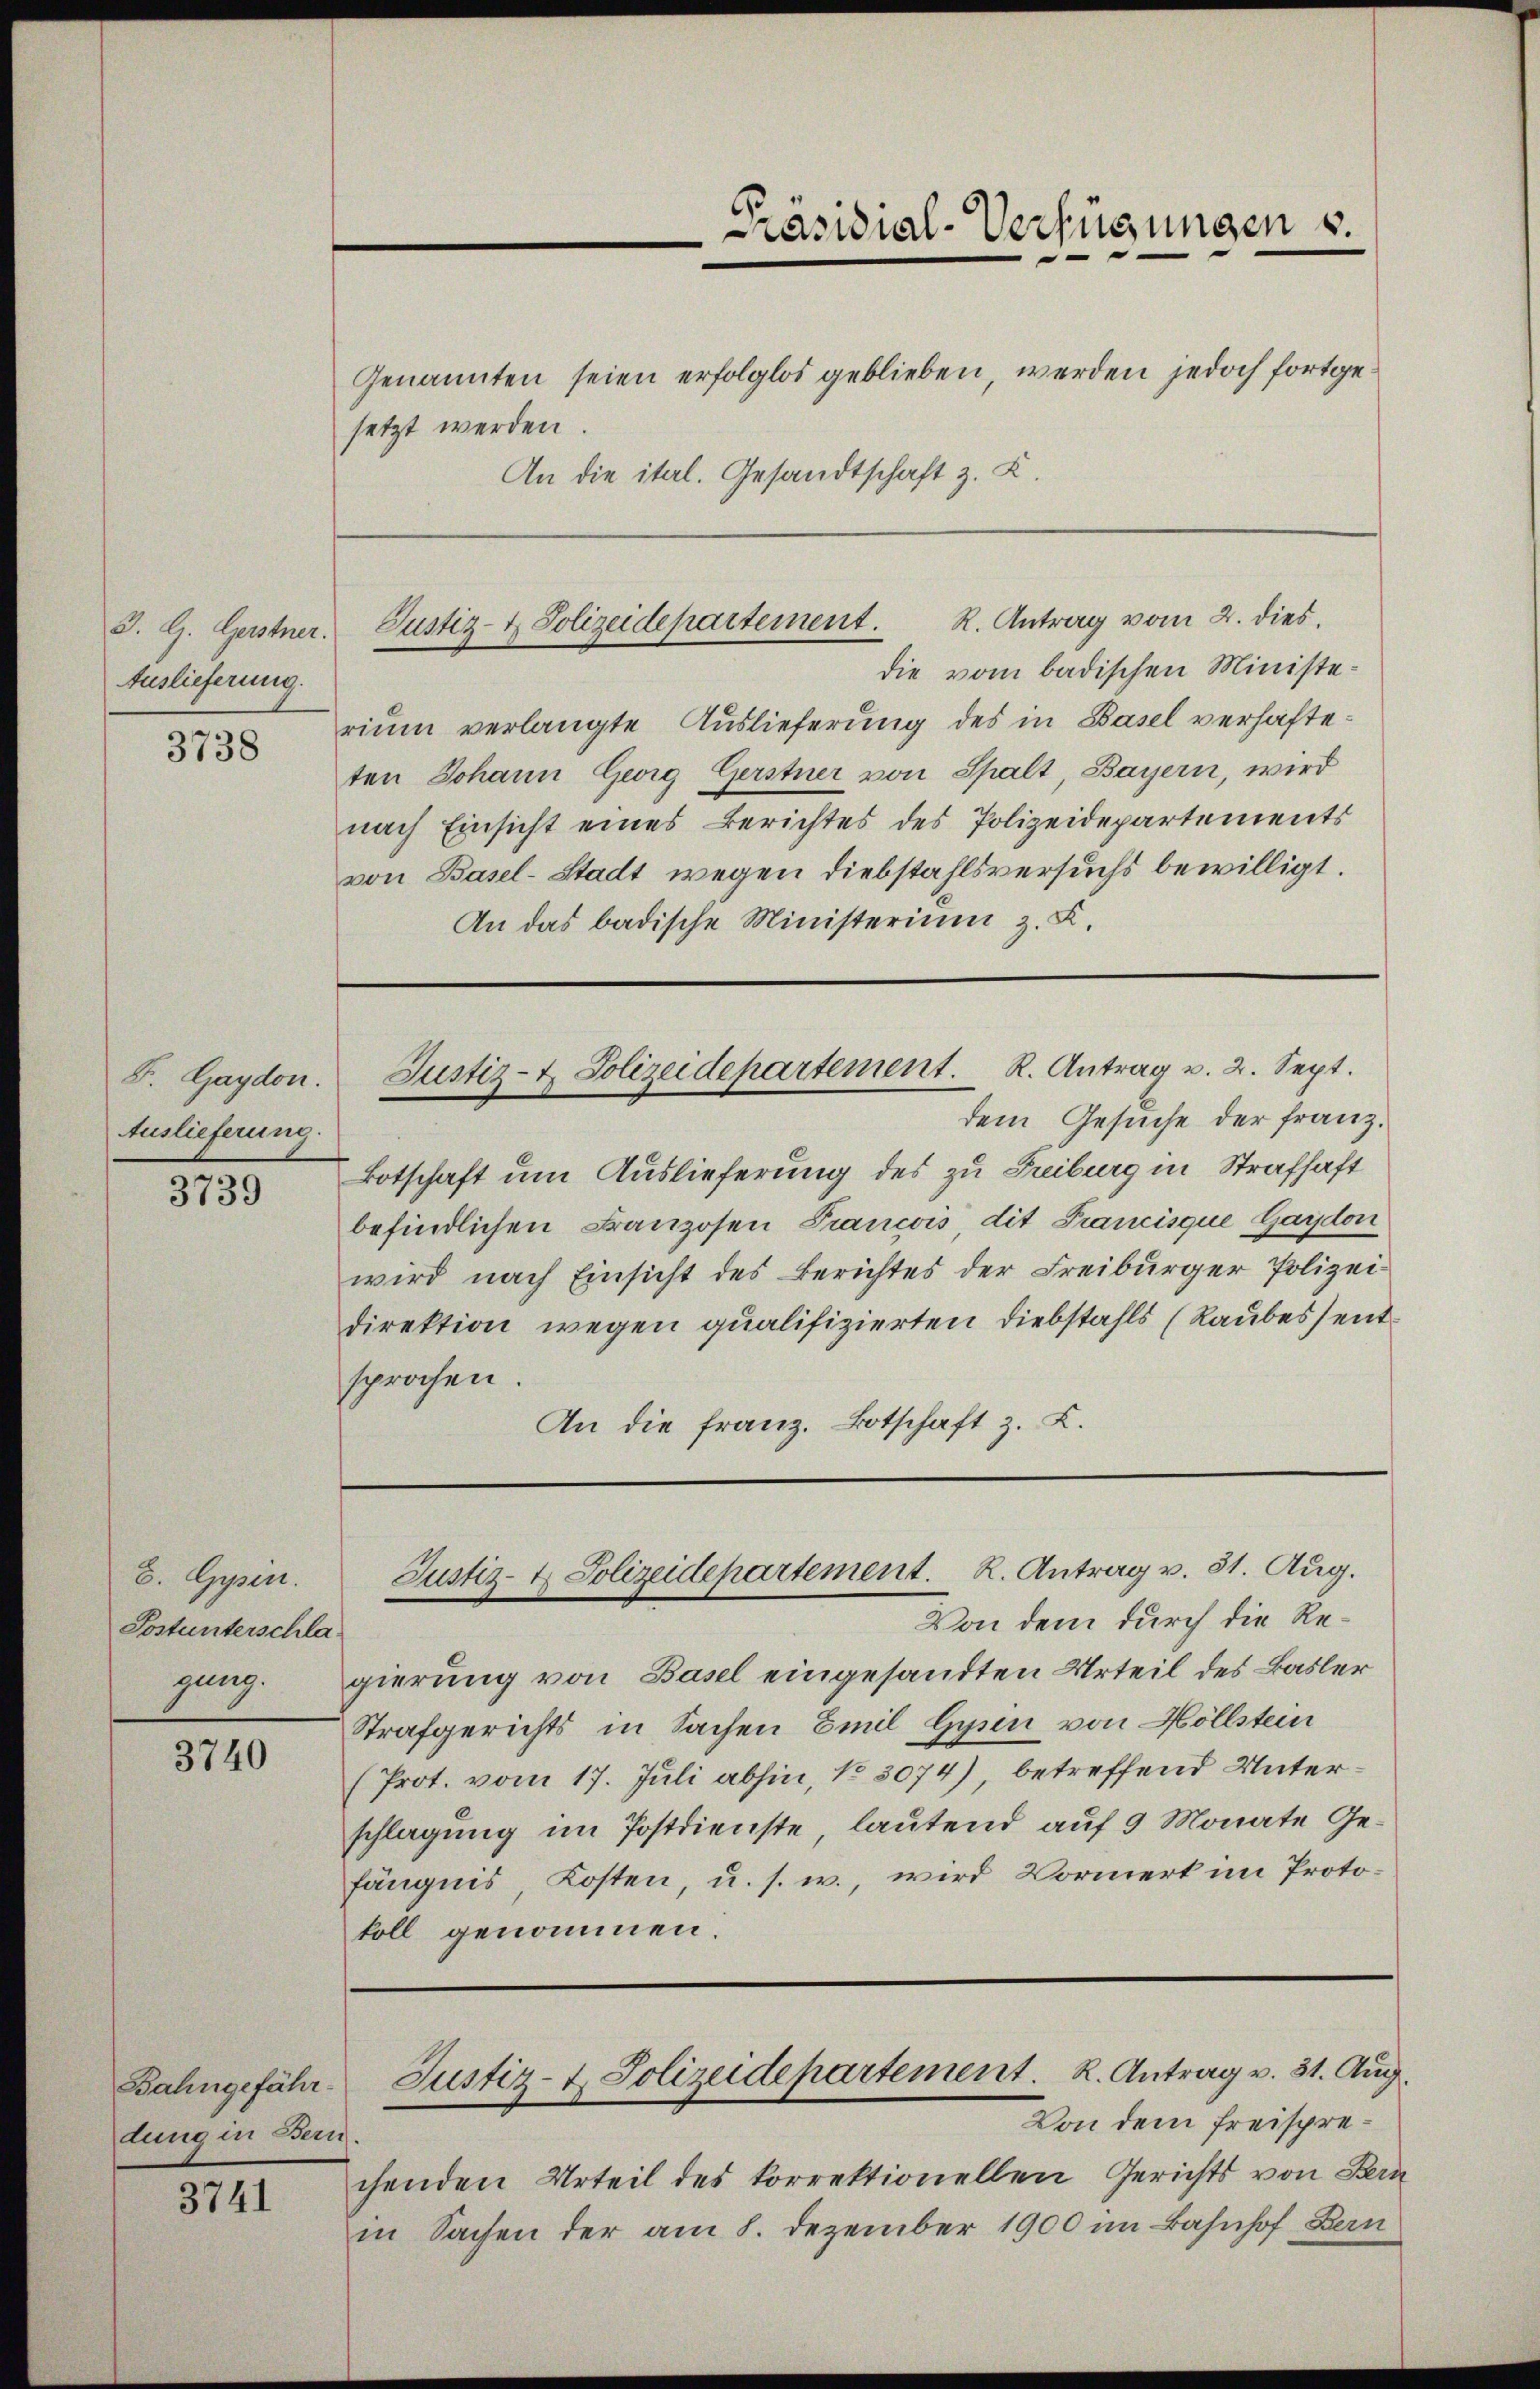
3. G. Gerstner
Auslieferung.

3738

F. Gaydon.
Auslieferung.

3739

E. Gypsen.
Postunterschlagung.

3740

Bahngefähr
dung in Bern

3741

Präsidial-Verfügungen u.

Genannten seien erfolglos geblieben, werden jedoch fortgesetzt werden.
An die ital. Gesandtschaft z. Z.

die vom badischen Ministe
rium verlangte Auslieferung des in Basel verhafteten Johann Georg Gerstner von Spalt, Bayern, wird
nach Einsicht eines Berichtes des Polizeidepartements
von Basel-Stadt wegen Diebstahlsversuchs bewilligt.
An das badische Ministerium z. K.

Justiz- & Polizeidepartement. R. Antrag vom 2. dies

dem Gesuche der Franz.
Botschaft um Auslieferung des zu Freiburg in Strafhaft
befindlichen Franzosen Francois dit Francisque Gardon
wird nach Einsicht des Berichtes der Freiburger Polizeidirektion wegen qualifizierten Diebstahls (Raubessent
sprochen.
An die franz. Botschaft z. Z.

Justiz- & Polizeidepartement. R. Antrag v. 2. Sept.

Justiz- & Polizeidepartement. R. Antrag v. 31. Aug.

Von dem durch die Regierung von Basel eingesandten Urteil des Basler
Strafgerichts in Sachen Emil Gyen von Hollstein
(Prot. vom 17. Juli abhin, No 3074), betreffend Unterschlagung im Postdienste lautend auf 9 Monate Gefängnis, Kosten, u. s. w., wird Vormerk im Protokoll genommen.

Justiz- & Polizeidepartement. R. Antrag v. 31. Aug.

Von dem Freisprechenden Urteil des korrektionellen Gerichts von Bern
in Sachen der am 8. Dezember 1900 im Bahnhof, Bern